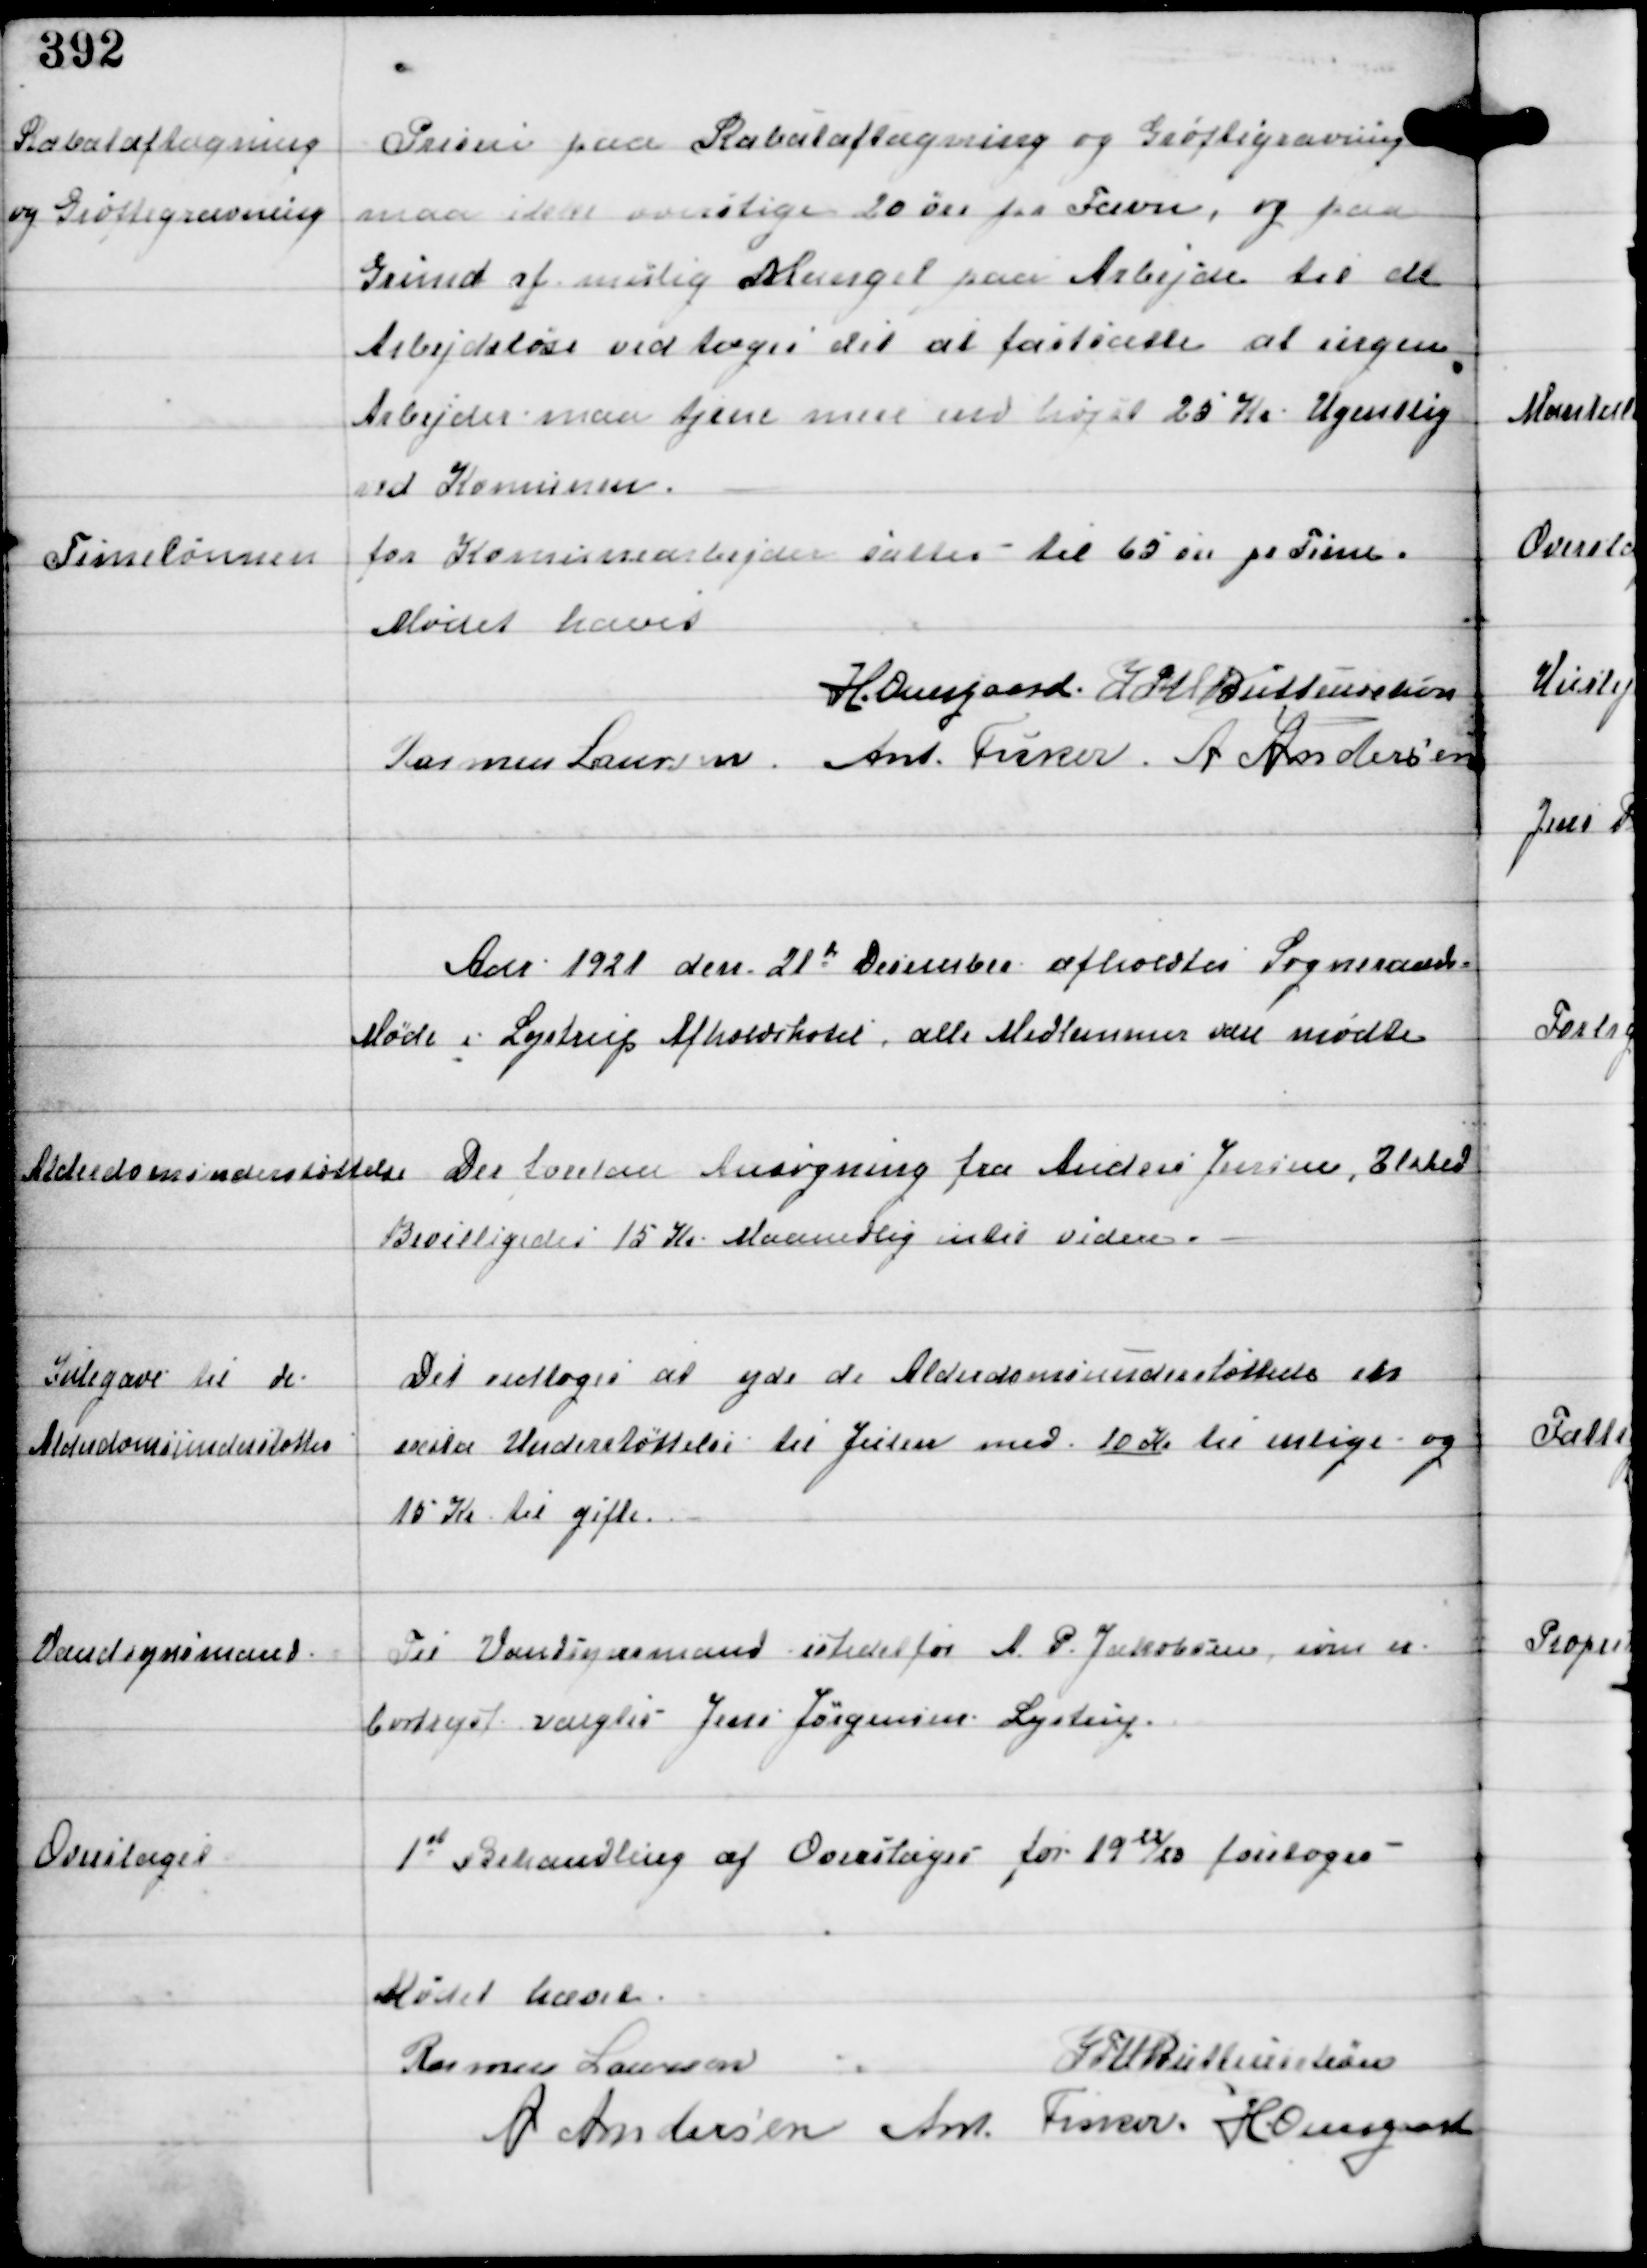
Transskription:
Rabataftagning
og Grøftegravning

Prisen paa Rabataftagning og Grøftegravning
maa ikke overstige 20 øre pr Favn, og paa
Grund af mulig Mangel paa Arbejde til de
Arbejdsløse vedtoges det at fastsætte at ingen
Arbejder maa tjene mere end højst 25 Kr Ugentlig
ved Komunen.

Timelønnen
for Komunearbejder sættes til 65 øre pr Time.

Mødet hævet
H Overgaard. IFV Buttenschøn
Rasmus Laursen. Ant. Fisker. A Andersen

Aar 1921 den 21d December afholdtes Sogneraads
Møde i Lystrup Afholdshotel, alle Medlemmer vare mødte.

Alderdomsunderstøttelse

Der forelaa Ansøgning fra Anders Jensen, Elsted
Bevilligedes 15 Kr Maanedlig intil videre.

Julegave til de
Alderdomsunderstøttede

Det vedtoges at yde de Alderdomsunderstøttede en
extra Understøttelse til Julen med 10 Kr til enlige og
15 Kr til gifte.

Vandsynsmand

Til Vandsynsmand istedet for A. P. Jakobsen som er
bortrejst valgtes Jens Jørgensen Lystrup.

Overslaget

1st Behandling af Overslaget for 1922/23 foretoges -

Mødet hævet
Rasmus Laursen
IFV Buttenschøn
A Andersen Ant Fisker H Overgaard